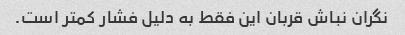
نگران نباش قربان این فقط به دلیل فشار کمتر است.